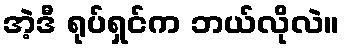
အဲ့ဒီ ရုပ်ရှင်က ဘယ်လိုလဲ။